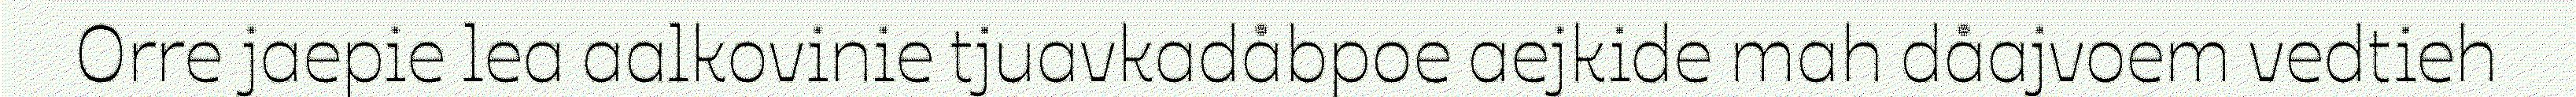
Orre jaepie lea aalkovinie tjuavkadåbpoe aejkide mah dåajvoem vedtieh